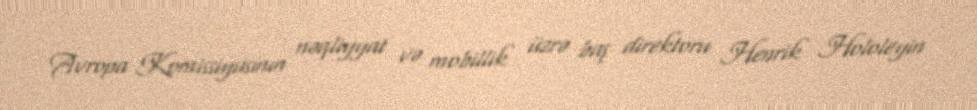
Avropa Komissiyasının nəqliyyat və mobillik üzrə baş direktoru Henrik Hololeyin